Eesti_Rahvusfond, lk 13
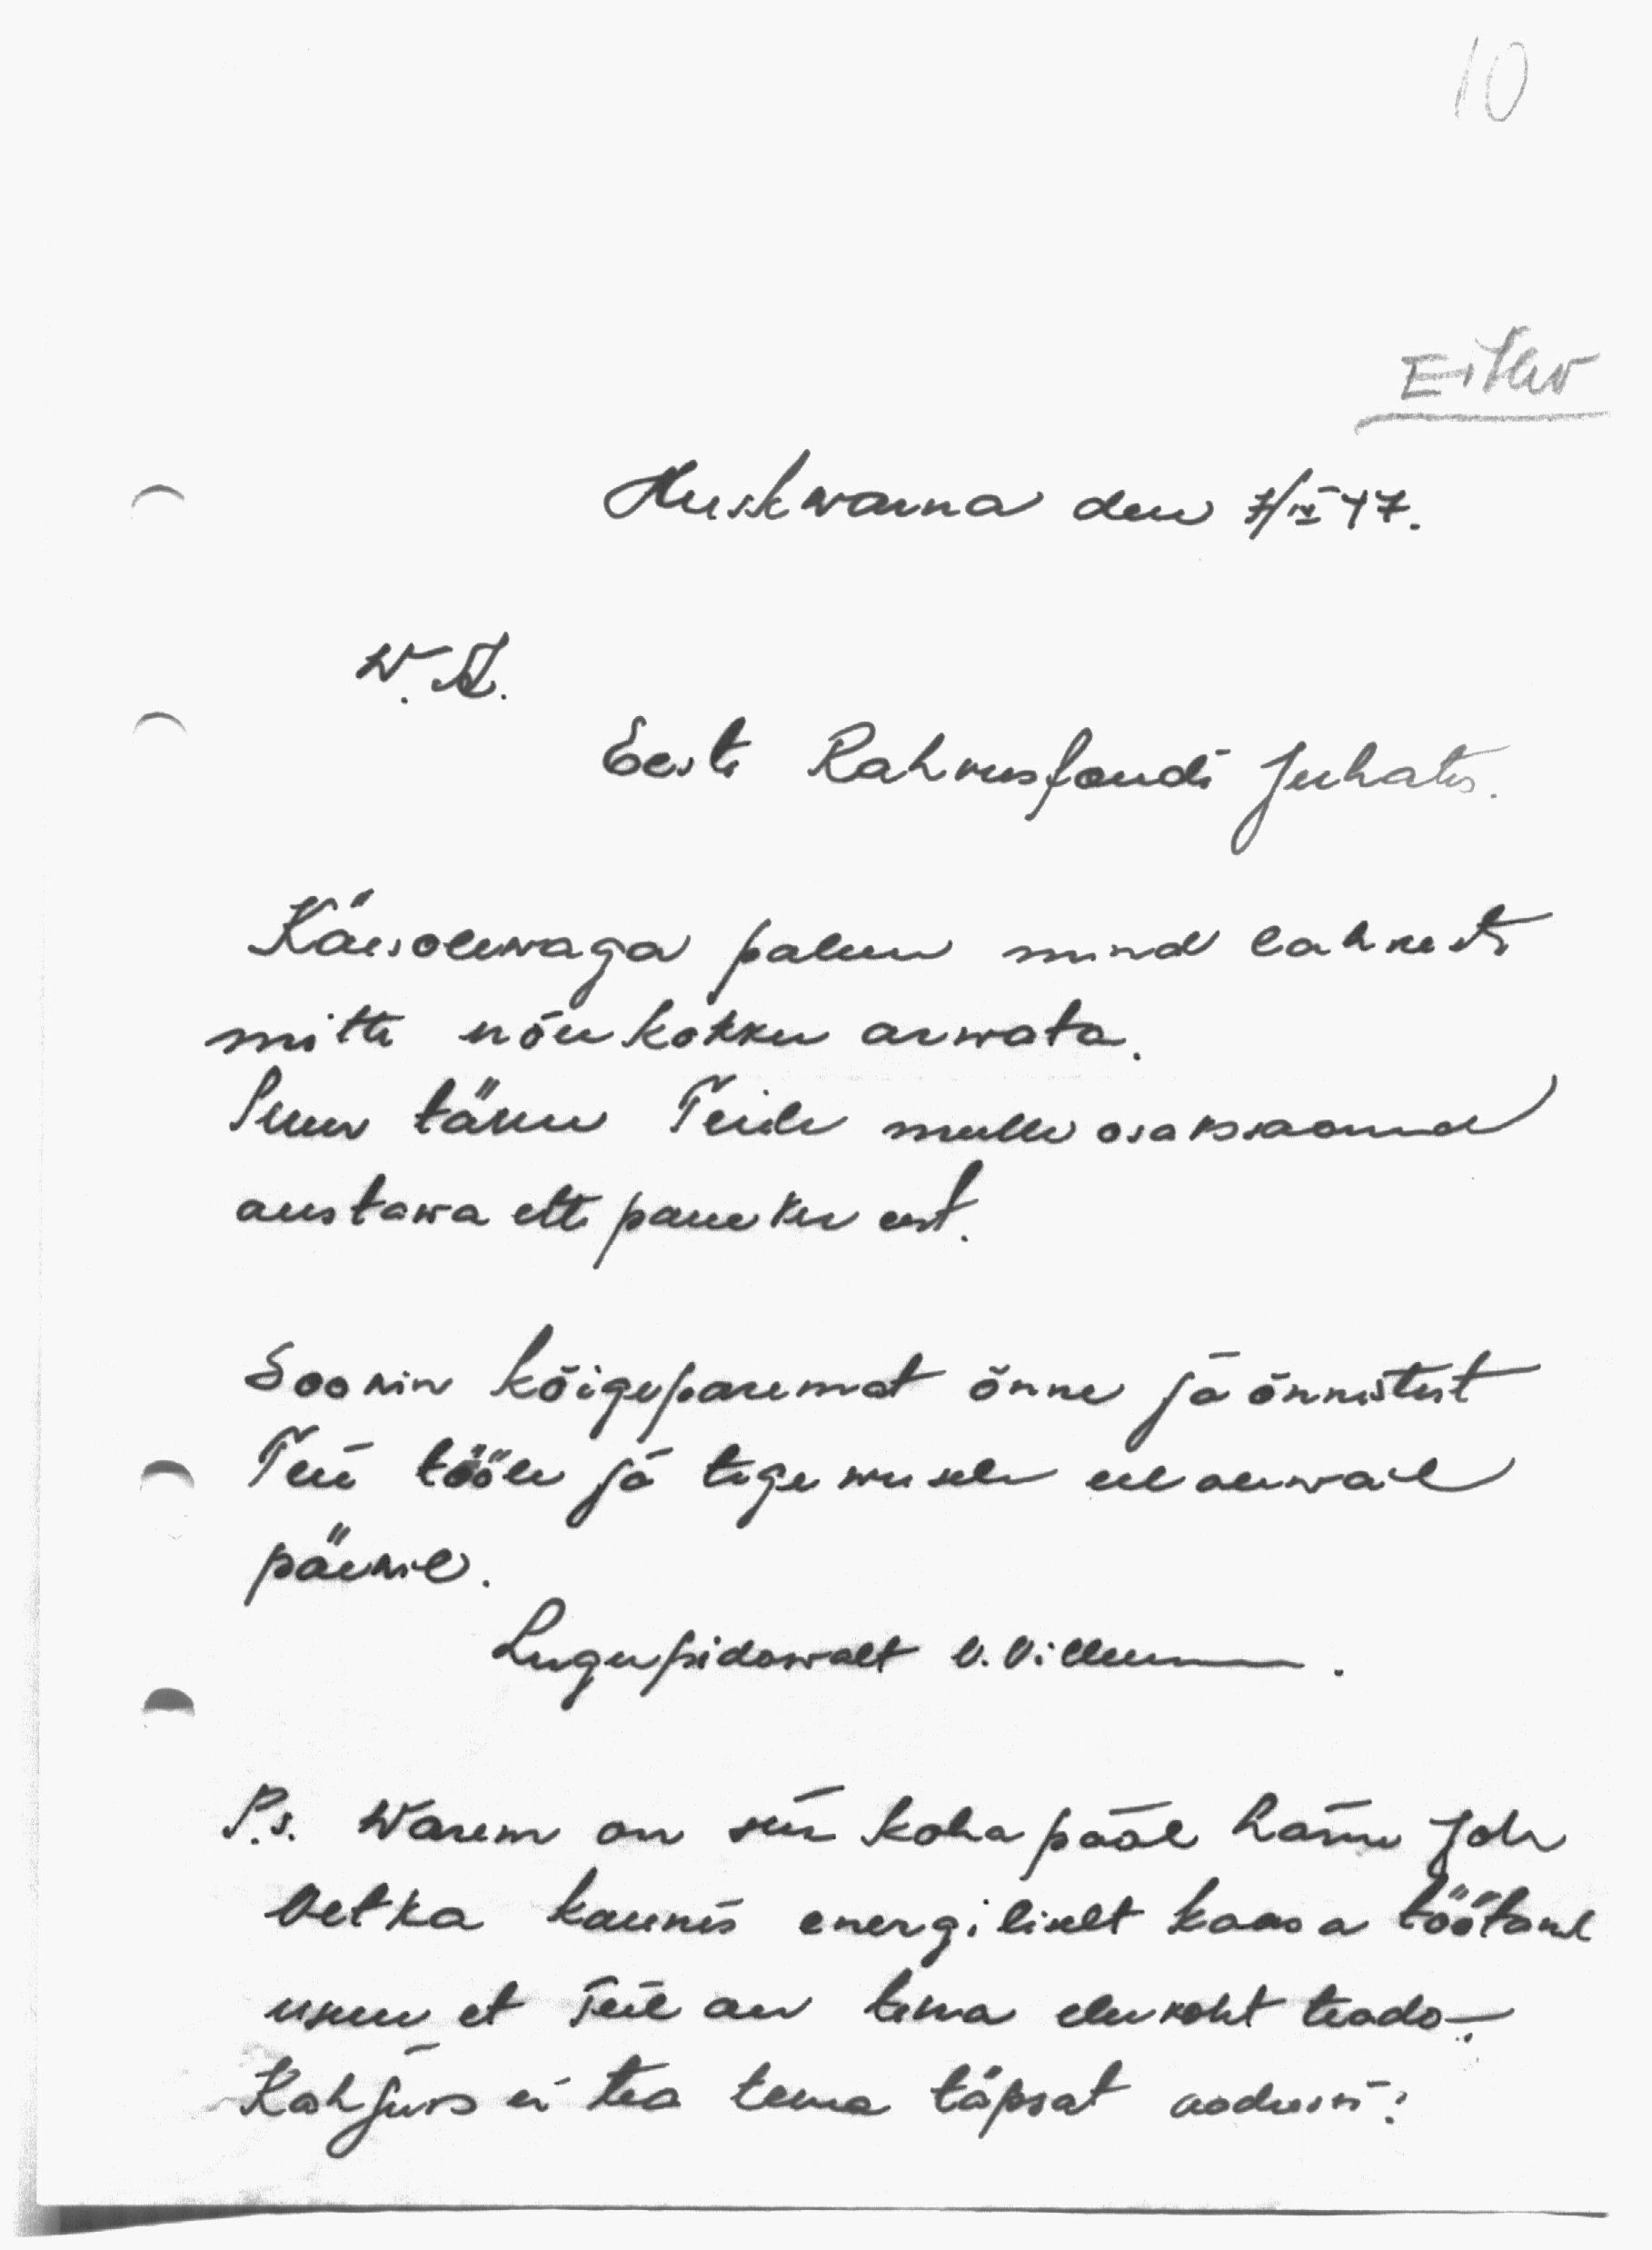
Eitav
Huskwarna den 7/IV 47.
W. A.
Eesti Rahvusfondi Juhatus
Käesolewaga palun mind lahkesti
mitte nõukokku arwata.
Suur tänu Teile mulle osakssaanud
austawa ette paneku eest
Soovin kõigeparemat õnne ja õnnistust
Teie tööle ja tegewusele eelolewail
päewil.
Lugupidawalt V. Villem
P.S. Warem on siin koha pääl härra Joh
Vetka kaunis energiliselt kaasa töötand
usun, et Teil on tema elukoht teada -.
Kahjuks ei tea tema täpsat aadressi!